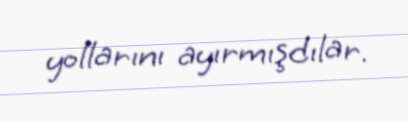
yollarını ayırmışdılar.